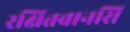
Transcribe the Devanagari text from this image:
रक्षितवानसि